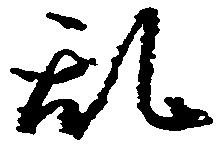
乱